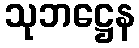
သုဘဋ္ဌေန